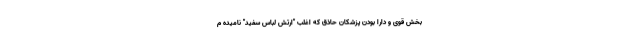
بخش قوی و دارا بودن پزشکان حاذق که اغلب "ارتش لباس سفید" نامیده م